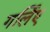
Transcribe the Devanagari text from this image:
गर्लिए